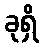
ခုရှိ